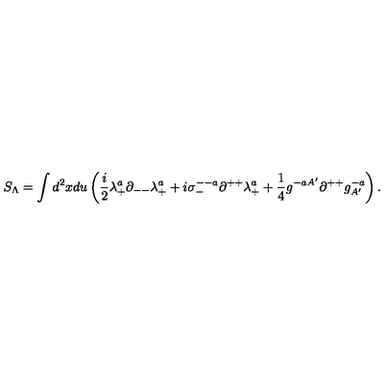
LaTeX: S _ { \Lambda } = \int d ^ { 2 } x d u \left( { \frac { i } { 2 } } \lambda _ { + } ^ { a } \partial _ { -- } \lambda _ { + } ^ { a } + i \sigma _ { - } ^ { -- a } \partial ^ { + + } \lambda _ { + } ^ { a } + { \frac { 1 } { 4 } } g ^ { - a A ^ { \prime } } \partial ^ { + + } g _ { A ^ { \prime } } ^ { - a } \right) .